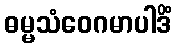
ဓမ္မသံဝေဂမာပါဒိံ